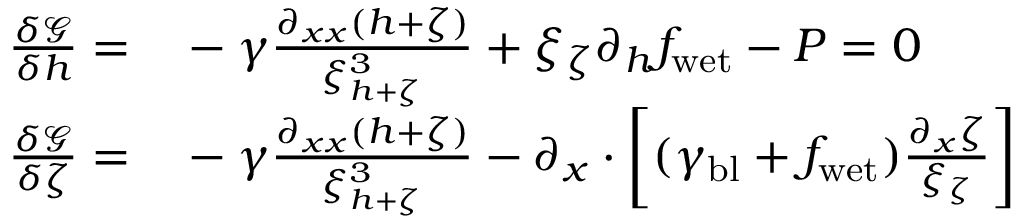
\begin{array} { r l } { \frac { \delta \mathcal { G } } { \delta h } = } & { { } - \gamma \frac { \partial _ { x x } ( h + \zeta ) } { \xi _ { h + \zeta } ^ { 3 } } + \xi _ { \zeta } \partial _ { h } f _ { \mathrm { w e t } } - P = 0 } \\ { \frac { \delta \mathcal { G } } { \delta \zeta } = } & { { } - \gamma \frac { \partial _ { x x } ( h + \zeta ) } { \xi _ { h + \zeta } ^ { 3 } } - \partial _ { x } \cdot \left[ ( \gamma _ { \mathrm { b l } } + f _ { \mathrm { w e t } } ) \frac { \partial _ { x } \zeta } { \xi _ { \zeta } } \right] } \end{array}